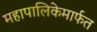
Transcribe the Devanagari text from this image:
महापालिकेमार्फत